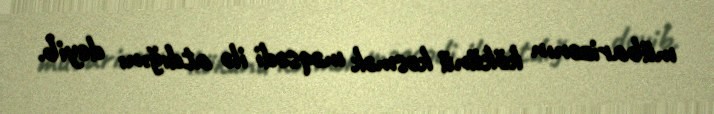
mübarizənın kökünü kəsmək məqsədi ilə atdığını deyib.